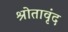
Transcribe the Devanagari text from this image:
श्रोतावृंद